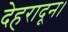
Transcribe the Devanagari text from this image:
देहरादून।